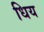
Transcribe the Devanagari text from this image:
धिय